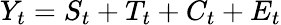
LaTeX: Y_{t}=S_{t}+T_{t}+C_{t}+E_{t}